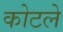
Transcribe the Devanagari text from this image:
कोटले